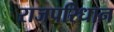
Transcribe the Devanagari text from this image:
राजपरिधान